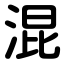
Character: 混